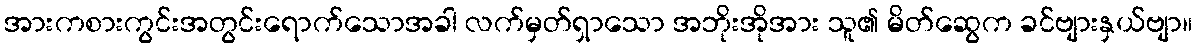
အားကစားကွင်းအတွင်းရောက်သောအခါ လက်မှတ်ရှာသော အဘိုးအိုအား သူ၏ မိတ်ဆွေက ခင်ဗျားနှယ်ဗျာ။